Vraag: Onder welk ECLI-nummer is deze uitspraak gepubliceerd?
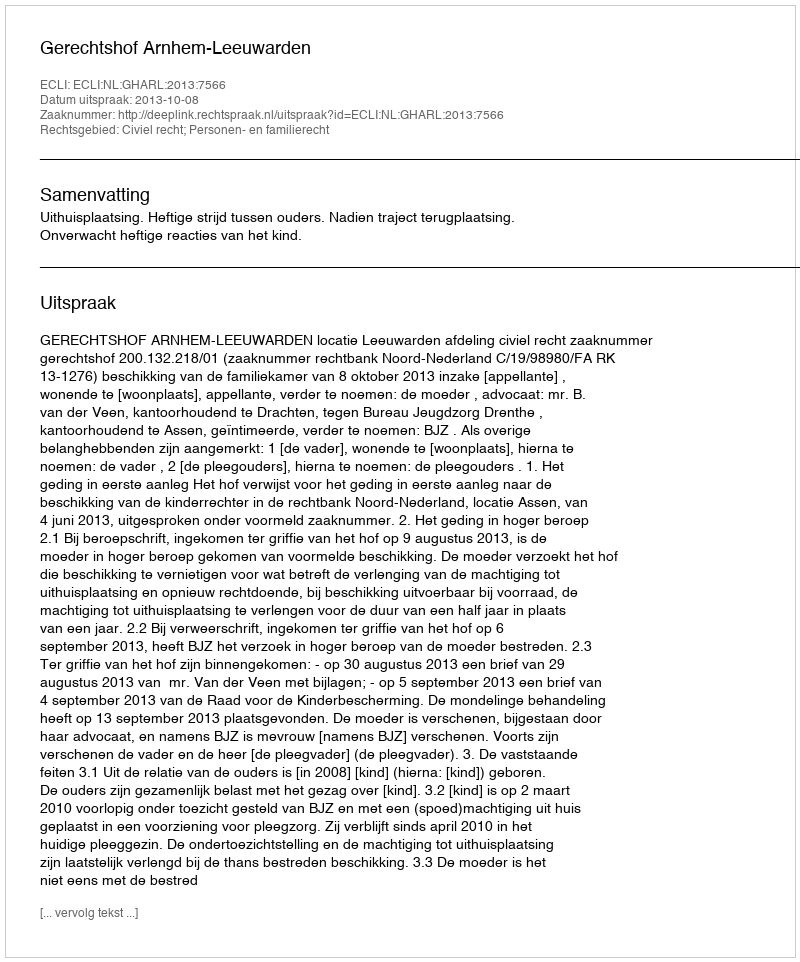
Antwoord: ECLI:NL:GHARL:2013:7566